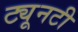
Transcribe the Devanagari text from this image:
ट्यूनटी